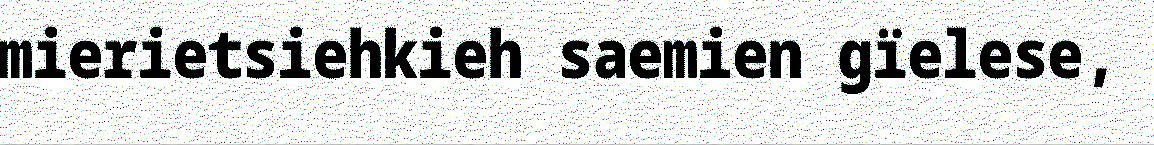
mierietsiehkieh saemien gïelese,